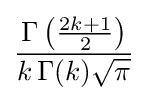
{\frac {\Gamma \left({\frac {2k+1}{2}}\right)}{k\,\Gamma (k){\sqrt {\pi }}}}